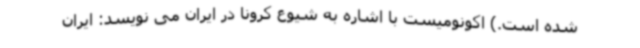
شده است.) اکونومیست با اشاره به شیوع کرونا در ایران می نویسد: ایران